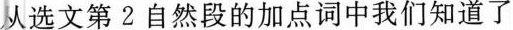
从选文第2自然段的加点词中我们知道了